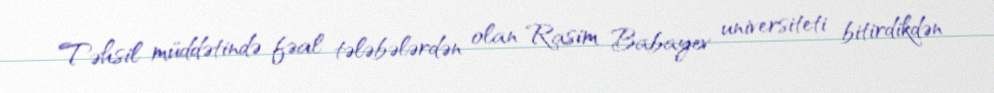
Təhsil müddətində fəal tələbələrdən olan Rasim Babayev universiteti bitirdikdən